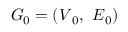
G _ { 0 } = \left( \boldsymbol { V } _ { 0 } , \ \boldsymbol { E } _ { 0 } \right)